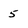
Character: 5